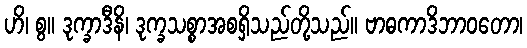
ဟိ၊ စွ။ ဒုက္ခာဒီနိ၊ ဒုက္ခသစ္စာအစရှိသည်တို့သည်။ ဗာဓကာဒိဘာဝတော၊